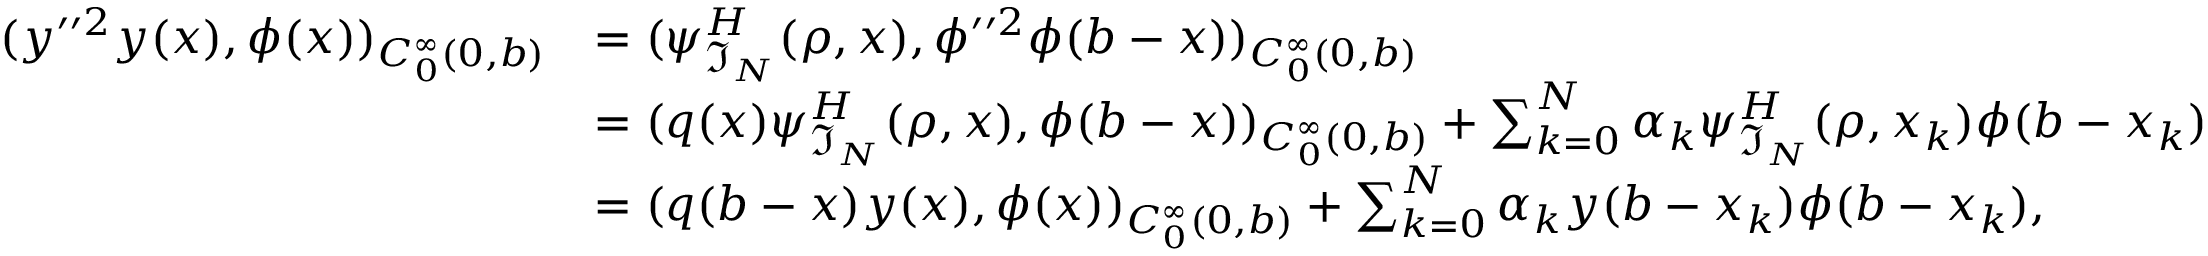
\begin{array} { r l } { ( y ^ { \prime \prime 2 } y ( x ) , \phi ( x ) ) _ { C _ { 0 } ^ { \infty } ( 0 , b ) } } & { = ( \psi _ { \mathfrak { I } _ { N } } ^ { H } ( \rho , x ) , \phi ^ { \prime \prime 2 } \phi ( b - x ) ) _ { C _ { 0 } ^ { \infty } ( 0 , b ) } } \\ & { = ( q ( x ) \psi _ { \mathfrak { I } _ { N } } ^ { H } ( \rho , x ) , \phi ( b - x ) ) _ { C _ { 0 } ^ { \infty } ( 0 , b ) } + \sum _ { k = 0 } ^ { N } \alpha _ { k } \psi _ { \mathfrak { I } _ { N } } ^ { H } ( \rho , x _ { k } ) \phi ( b - x _ { k } ) } \\ & { = ( q ( b - x ) y ( x ) , \phi ( x ) ) _ { C _ { 0 } ^ { \infty } ( 0 , b ) } + \sum _ { k = 0 } ^ { N } \alpha _ { k } y ( b - x _ { k } ) \phi ( b - x _ { k } ) , } \end{array}